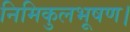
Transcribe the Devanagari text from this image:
निमिकुलभूषण।